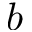
b